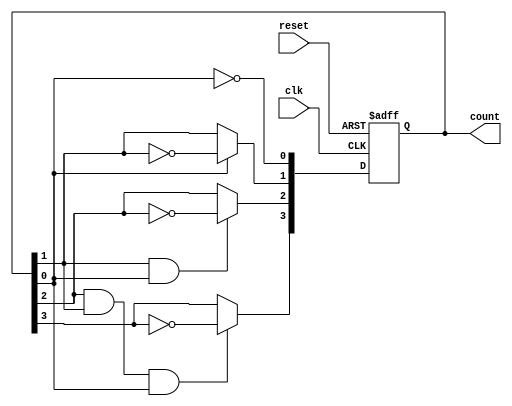
module async_ripple_counter (
    input wire clk,        // Clock input
    input wire reset,      // Asynchronous reset input
    output reg [3:0] count // 4-bit output count
);

// Always block for counter behavior
always @(posedge clk or posedge reset) begin
    if (reset) begin
        count <= 4'b0000; // Reset the counter to 0
    end else begin
        // Ripple effect - toggle the flip-flops
        count[0] <= ~count[0]; // Toggle LSB
        count[1] <= count[0] ? ~count[1] : count[1]; // Toggle second bit on LSB rising
        count[2] <= (count[1] & count[0]) ? ~count[2] : count[2]; // Toggle third bit
        count[3] <= (count[2] & count[1] & count[0]) ? ~count[3] : count[3]; // Toggle MSB
    end
end

endmodule